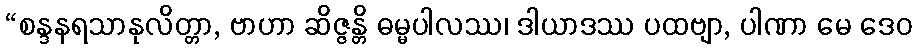
“စန္ဒနရသာနုလိတ္တာ, ဗာဟာ ဆိဇ္ဇန္တိ ဓမ္မပါလဿ၊ ဒါယာဒဿ ပထဗျာ, ပါဏာ မေ ဒေဝ